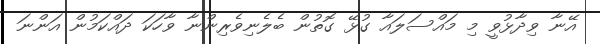
އޭނާ ވިދާޅުވީ މި މައްސަލައާ ގުޅޭ ގޮތުން ބެލެނިވެރިންނާ ވާހަކަ ދައްކަމުން އަންނަ